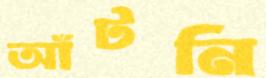
আঁটনি